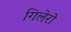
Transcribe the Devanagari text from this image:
गिलेरो